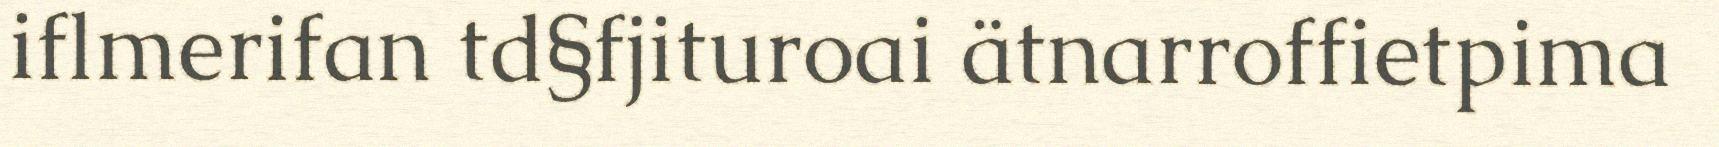
iflmerifan td§fjituroai ätnarroffietpima